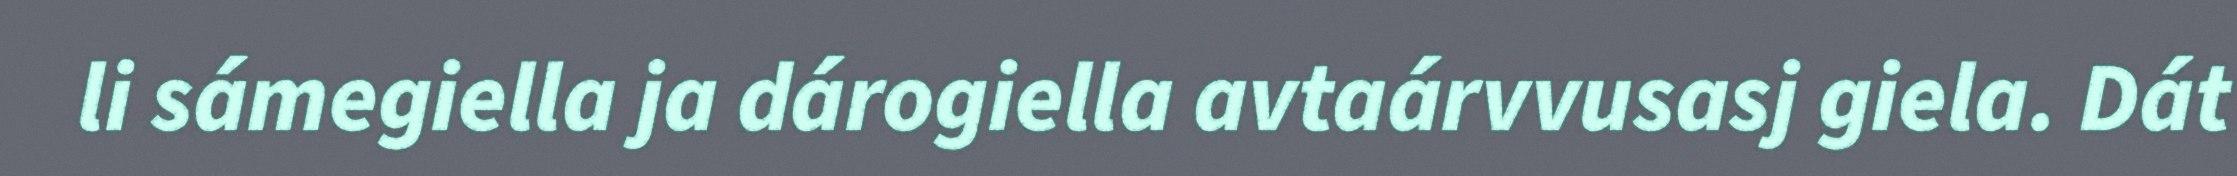
li sámegiella ja dárogiella avtaárvvusasj giela. Dát